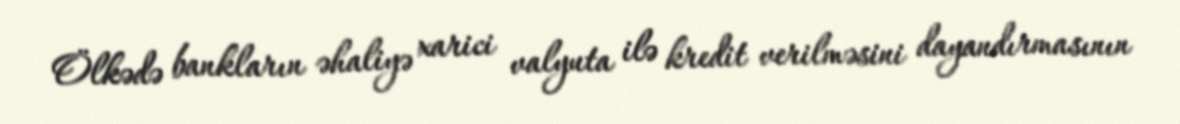
Ölkədə bankların əhaliyə xarici valyuta ilə kredit verilməsini dayandırmasının